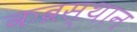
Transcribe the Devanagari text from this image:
कब्रस्थान